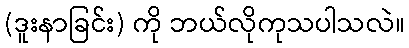
(ဒူးနာခြင်း) ကို ဘယ်လိုကုသပါသလဲ။